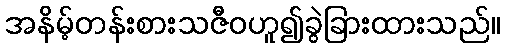
အနိမ့်တန်းစားသဇီဝဟူ၍ခွဲခြားထားသည်။